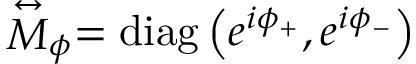
\stackrel { \leftrightarrow } { M } _ { \phi } = \mathrm { d i a g } \left( e ^ { i \phi _ { + } } , e ^ { i \phi _ { - } } \right)